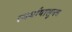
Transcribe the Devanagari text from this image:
स्पर्धांपासूनच